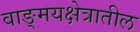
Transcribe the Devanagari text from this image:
वाङ्मयक्षेत्रातील